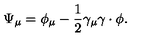
\Psi _ { \mu } = \phi _ { \mu } - \frac { 1 } { 2 } \gamma _ { \mu } \gamma \cdot \phi .